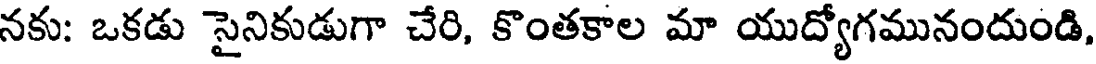
నకు: ఒకడు సైనికుడుగా చేరి, కొంతకాల మా యుద్యోగమునందుండి